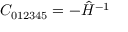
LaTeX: C _ { 0 1 2 3 4 5 } = - \hat { H } ^ { - 1 }